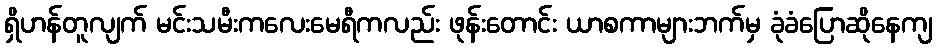
ရှိဟန်တူလျက် မင်းသမီးကလေးမေရီကလည်း ဖုန်းတောင်း ယာစကာများဘက်မှ ခုံခံပြောဆိုနေကျ